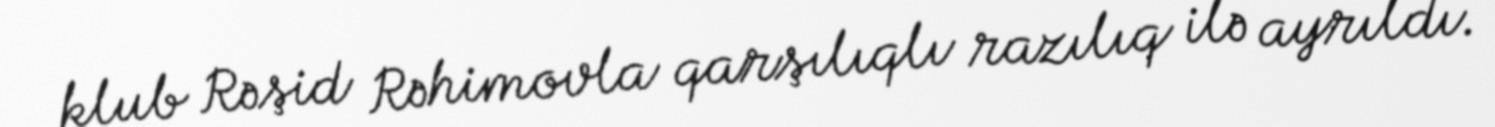
klub Rəşid Rəhimovla qarşılıqlı razılıq ilə ayrıldı.